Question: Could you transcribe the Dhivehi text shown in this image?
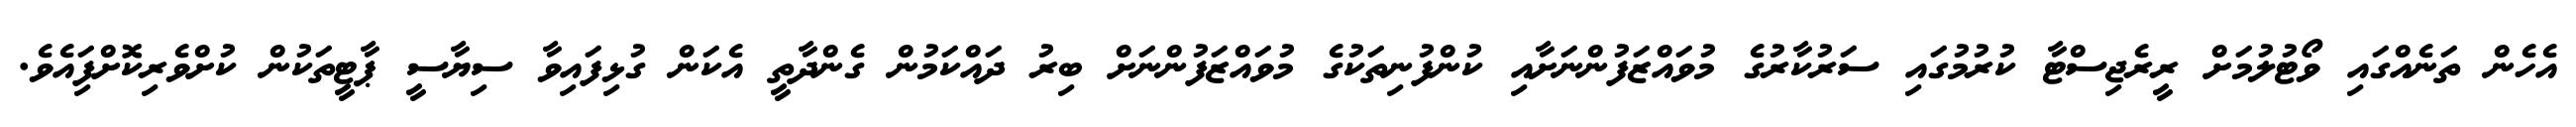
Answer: އެހެން ތަނެއްގައި ވޯޓުލުމަށް ރީރެޖިސްޓާ ކުރުމުގައި ސަރުކާރުގެ މުވައްޒަފުންނަށާއި ކުންފުނިތަކުގެ މުވައްޒަފުންނަށް ބިރު ދައްކަމުން ގެންދާތީ އެކަން ގުޅިފައިވާ ސިޔާސީ ޕާޓީތަކުން ކުށްވެރިކޮށްފިައެވެ.